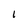
Character: I